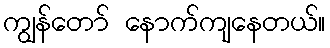
ကျွန်တော် နောက်ကျနေတယ်။